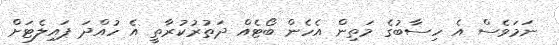
ނަމަވެސް އެ ހިސާބުގެ މަތިން އެހެން ބޯޓެއް ދަތުރުކުރާތީ އެ ހުއްދަ ޕައިލެޓަށް